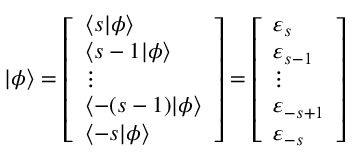
| \phi \rangle = { \left[ \begin{array} { l } { \langle s | \phi \rangle } \\ { \langle s - 1 | \phi \rangle } \\ { \vdots } \\ { \langle - ( s - 1 ) | \phi \rangle } \\ { \langle - s | \phi \rangle } \end{array} \right] } = { \left[ \begin{array} { l } { \varepsilon _ { s } } \\ { \varepsilon _ { s - 1 } } \\ { \vdots } \\ { \varepsilon _ { - s + 1 } } \\ { \varepsilon _ { - s } } \end{array} \right] }